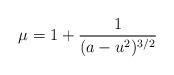
LaTeX: \begin{align*}\mu=1+\frac{1}{(a-u^2)^{3/2}}\end{align*}